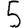
Digit: 5